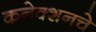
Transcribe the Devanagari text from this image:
कनेक्शनचे